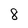
Character: 8